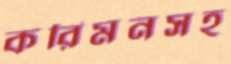
করিমনসহ